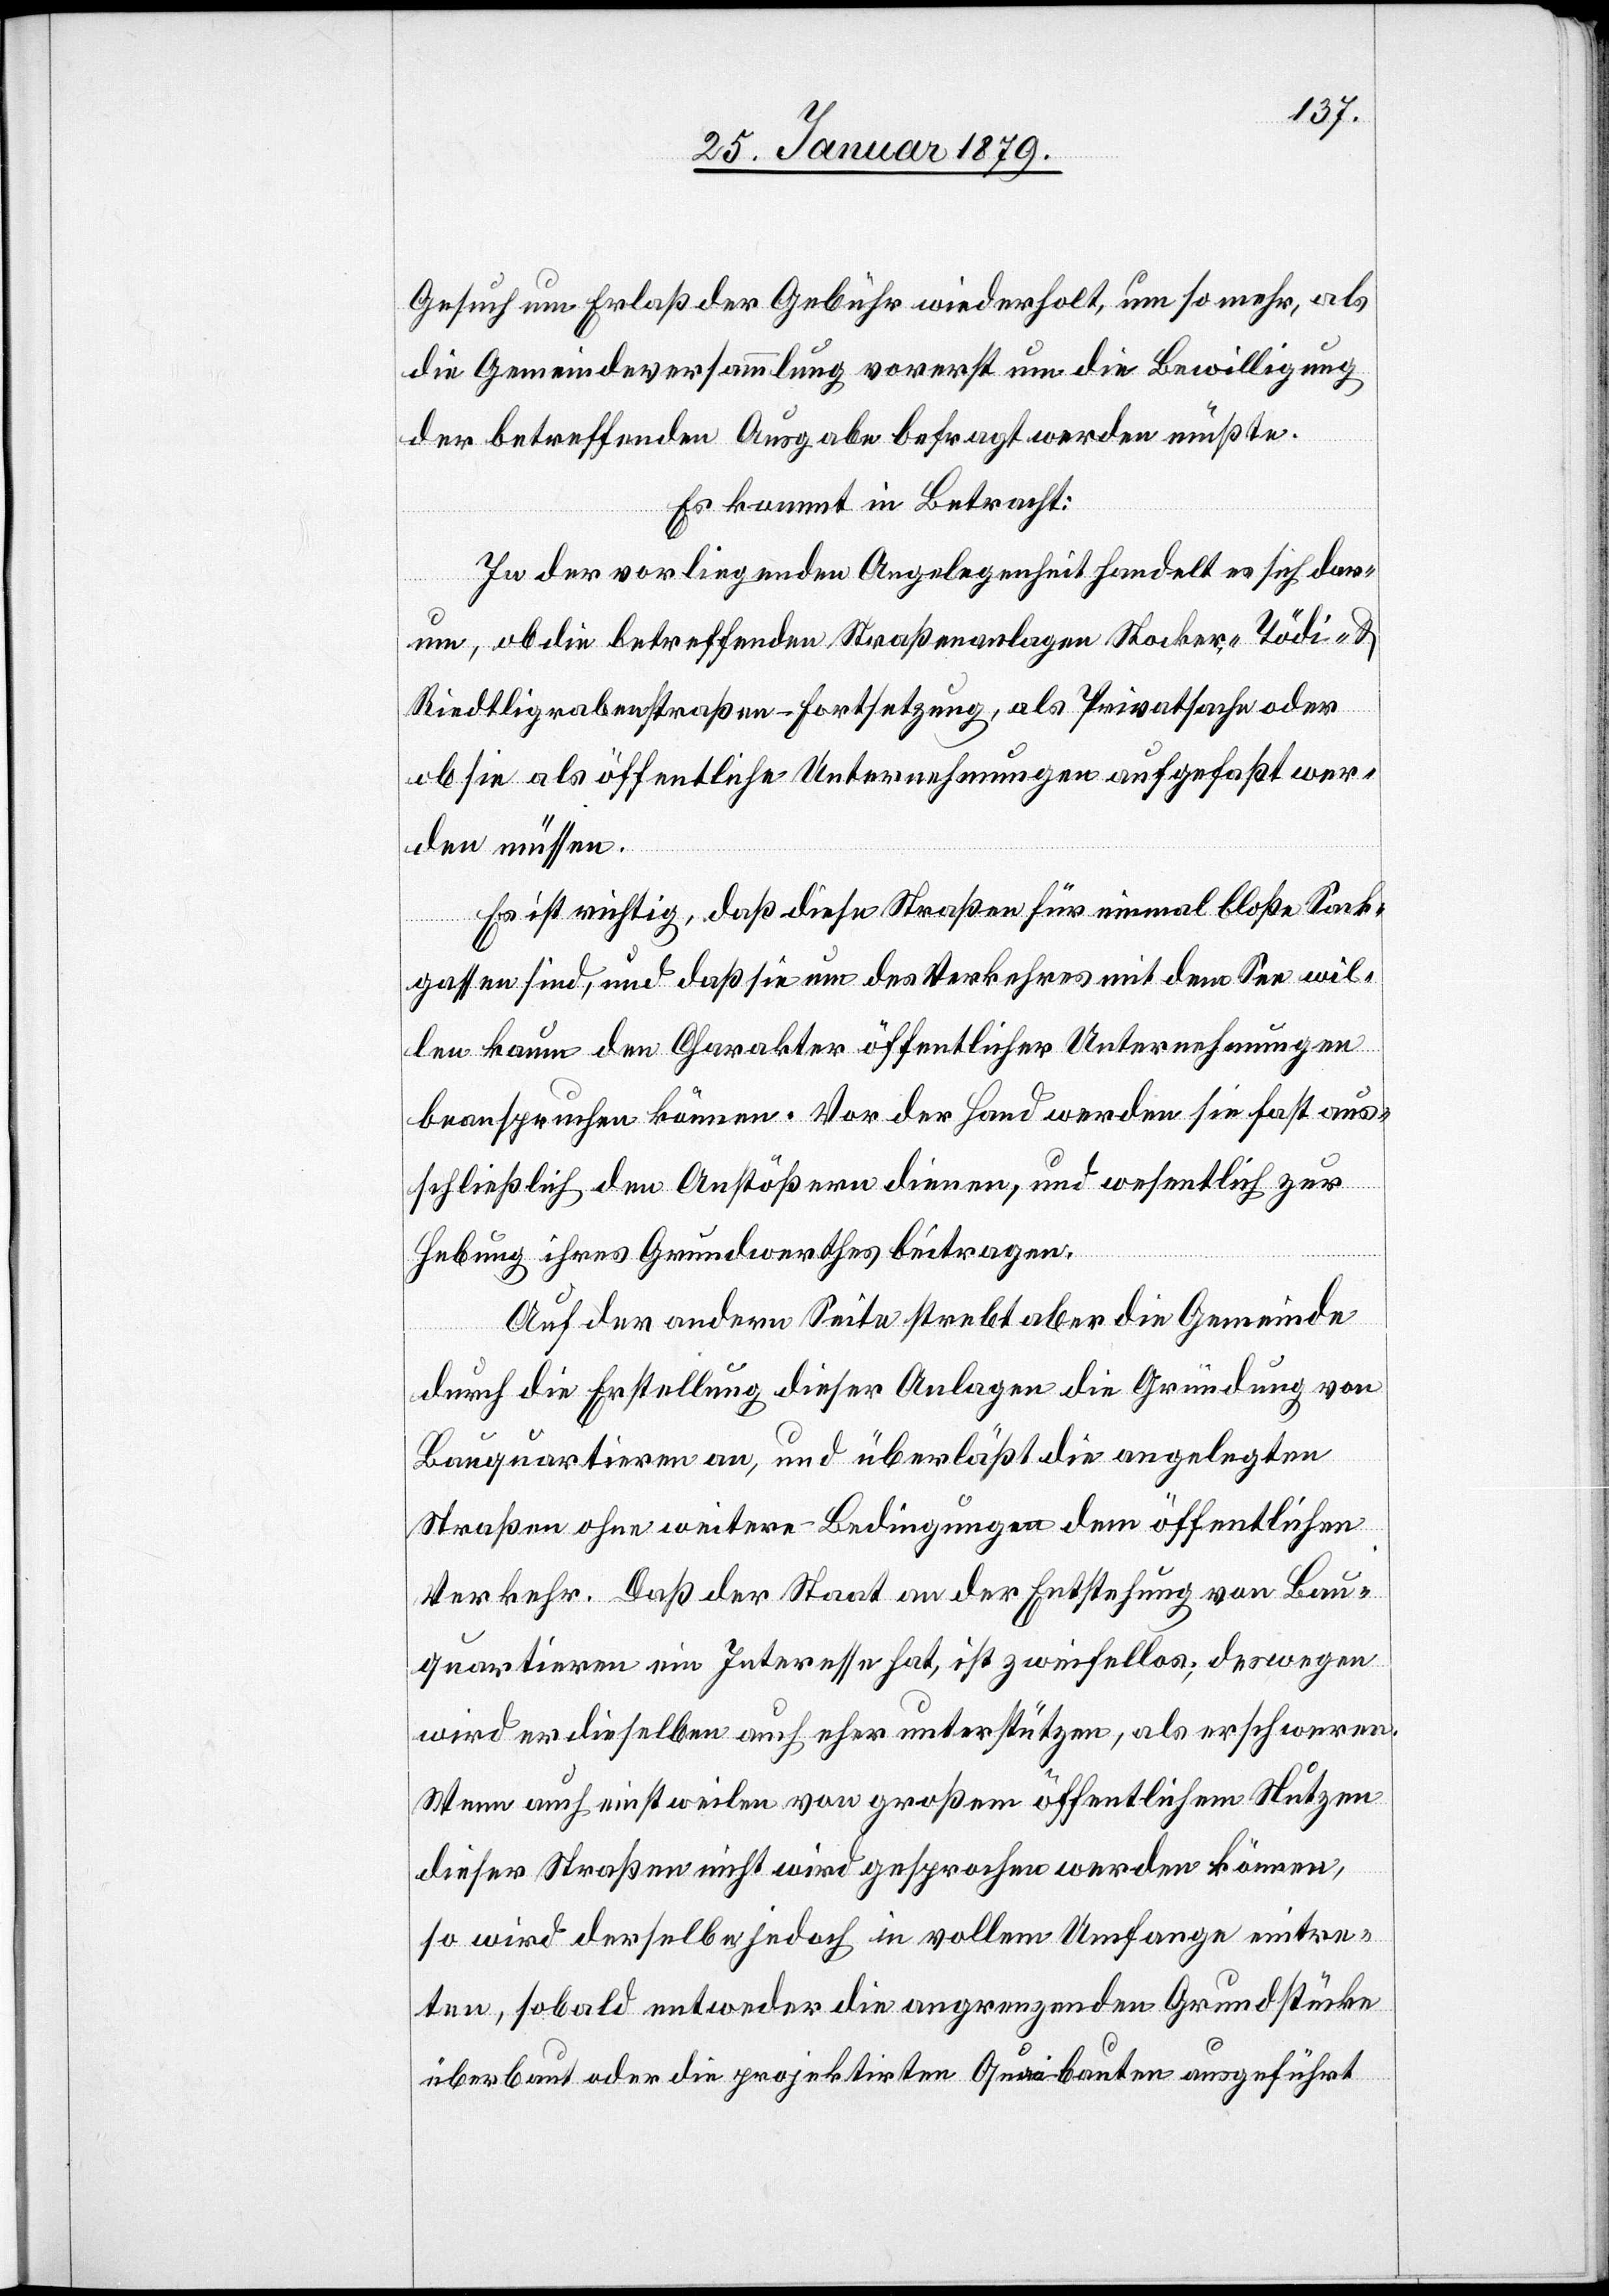
Gesuch um Erlaß der Gebühr wiederholt, um so mehr, als
die Gemeindeversammlung vorerst um die Bewilligung
der betreffenden Ausgabe befragt werden müßte.
Es kommt in Betracht:
In der vorliegenden Angelegenheit handelt es sich dar¬
um, ob die betreffenden Straßenanlagen Stocker-, Tödi- &
Riedtligrabenstraßen-Fortsetzung, als Privatsache oder
ob sie als öffentliche Unternehmungen aufgefaßt wer¬
den müssen.
Es ist richtig, daß diese Straßen für einmal bloße Sack¬
gassen sind, und daß sie um des Verkehres mit dem See wil¬
len kaum den Charakter öffenticher Unternehmungen
beanspruchen können. Vor der Hand werden sie fast aus¬
schließlich den Anstößern dienen, und wesentlich zur
Hebung ihres Grundwerthes beitragen.
Auf der andern Seite strebt aber die Gemeinde
durch die Erstellung dieser Anlagen die Gründung von
Bauquartieren an, und überläßt die angelegten
Straßen ohne weitere Bedingungen dem öffentlichen
Verkehr. Daß der Staat an der Entstehung von Bau¬
quartieren ein Interesse hat, ist zweifellos; deswegen
wird er dieselben auch eher unterstützen, als erschweren.
Wenn auch einstweilen von großem öffentlichem Nutzen
dieser Straßen nicht wird gesprochen werden können,
so wird derselbe jedoch in vollem Umfange eintre¬
ten, sobald entweder die angrenzenden Grundstücke
überbaut oder die projektirten Quaibauten ausgeführt